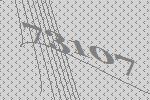
73107